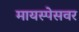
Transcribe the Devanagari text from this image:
मायस्पेसवर